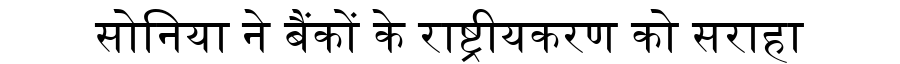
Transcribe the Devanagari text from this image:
सोनिया ने बैंकों के राष्ट्रीयकरण को सराहा